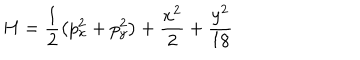
H = \frac { 1 } { 2 } \left( p _ { x } ^ { 2 } + p _ { y } ^ { 2 } \right) + \frac { x ^ { 2 } } { 2 } + \frac { y ^ { 2 } } { 1 8 }